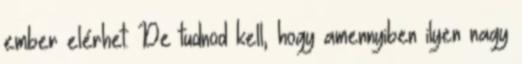
ember elérhet. De tudnod kell, hogy amennyiben ilyen nagy